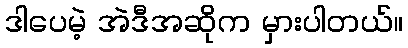
ဒါပေမဲ့ အဲဒီအဆိုက မှားပါတယ်။